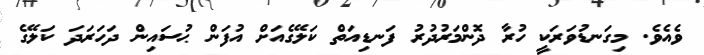
ވެއެވެ. މިގަނޑުވަރަކީ ހުރާ ދޮންމަރުދުރު ފަނޑިއަތް ކަލޭގެއަށް އުފަން ޙުސައިން ދަހަރަދަ ކަލޭގެ